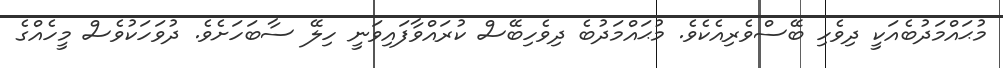
މުޙައްމަދުބެއަކީ ދިވެހި ބޭސްވެރިއެކެވެ. މުޙައްމަދުބެ ދިވެހިބޭސް ކުރައްވާފައިވަނީ ހިލޭ ސާބަހަށެވެ. ދުވަހަކުވެސް މީހެއްގެ